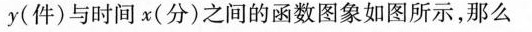
y(件)与时间x(分)之间的函数图象如图所示，那么